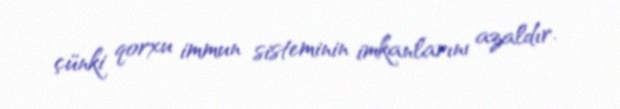
çünki qorxu immun sisteminin imkanlarını azaldır.